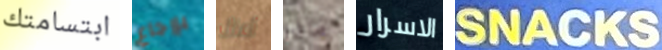
ابتسامتك بإرجاع أعزل ماذا الاسرار SNACKS